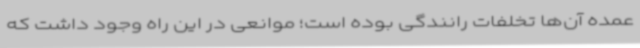
عمده‌ آن‌ها تخلفات رانندگی بوده است؛ موانعی در این راه وجود داشت که